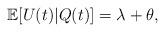
LaTeX: \begin{align*}\mathbb{E}[U(t)|Q(t)]= \lambda+\theta,\end{align*}